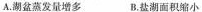
A.湖盆蒸发量增多 B.盐湖面积缩小